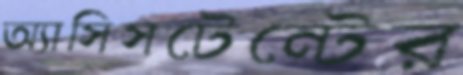
অ্যাসিসটেন্টের